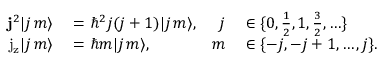
\begin{array} { r l r l } { \mathbf { j } ^ { 2 } | j \, m \rangle } & { { } = \hbar ^ { 2 } j ( j + 1 ) | j \, m \rangle , } & { j } & { { } \in \{ 0 , { \frac { 1 } { 2 } } , 1 , { \frac { 3 } { 2 } } , \ldots \} } \\ { \mathrm { j _ { z } } | j \, m \rangle } & { { } = \hbar m | j \, m \rangle , } & { m } & { { } \in \{ - j , - j + 1 , \ldots , j \} . } \end{array}